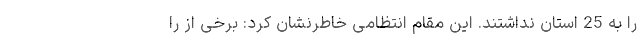
را به 25 استان نداشتند. این مقام انتظامی خاطرنشان کرد: برخی از را